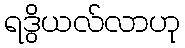
ရဒွိယလ်လာဟု